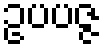
ဥပပဇ္ဇ